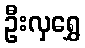
ဦးလှရွှေ